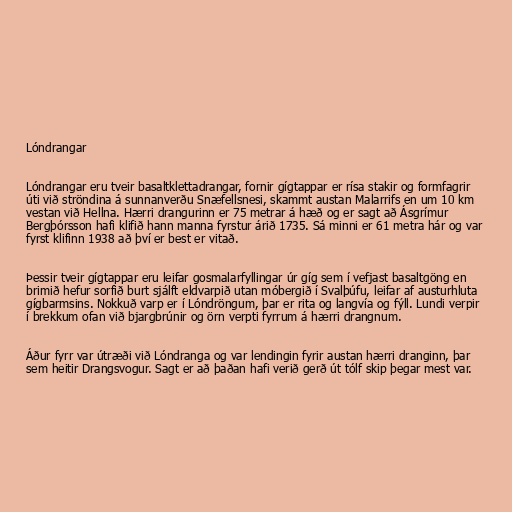
Lóndrangar

Lóndrangar eru tveir basaltklettadrangar, fornir gígtappar er rísa stakir og formfagrir
úti við ströndina á sunnanverðu Snæfellsnesi, skammt austan Malarrifs en um 10 km
vestan við Hellna. Hærri drangurinn er 75 metrar á hæð og er sagt að Ásgrímur
Bergþórsson hafi klifið hann manna fyrstur árið 1735. Sá minni er 61 metra hár og var
fyrst klifinn 1938 að því er best er vitað.

Þessir tveir gígtappar eru leifar gosmalarfyllingar úr gíg sem í vefjast basaltgöng en
brimið hefur sorfið burt sjálft eldvarpið utan móbergið í Svalþúfu, leifar af austurhluta
gígbarmsins. Nokkuð varp er í Lóndröngum, þar er rita og langvía og fýll. Lundi verpir
í brekkum ofan við bjargbrúnir og örn verpti fyrrum á hærri drangnum.

Áður fyrr var útræði við Lóndranga og var lendingin fyrir austan hærri dranginn, þar
sem heitir Drangsvogur. Sagt er að þaðan hafi verið gerð út tólf skip þegar mest var.